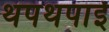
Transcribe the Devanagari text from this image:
थपथपाई